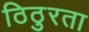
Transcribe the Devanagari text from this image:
ठिठुरता